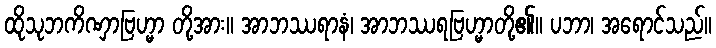
ထိုသုဘကိဏှာဗြဟ္မာ တို့အား။ အာဘဿရာနံ၊ အာဘဿရဗြဟ္မာတို့၏။ ပဘာ၊ အရောင်သည်။